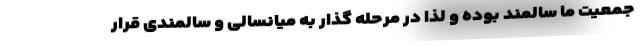
جمعیت ما سالمند بوده و لذا در مرحله گذار به میانسالی و سالمندی قرار